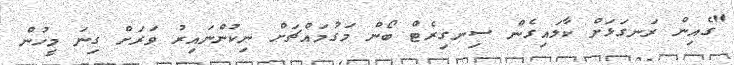
"ގެއިން ރަނގަޅަށް ކާލައިގެން ސިނގިރެޓް ބޯން މަގުމައްޗަށް ނިކުންނައިރު ވަރަށް ގިނަ މީހުން